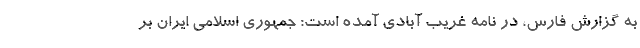
به گزارش فارس، در نامه غریب آبادی آمده است: جمهوری اسلامی ایران بر